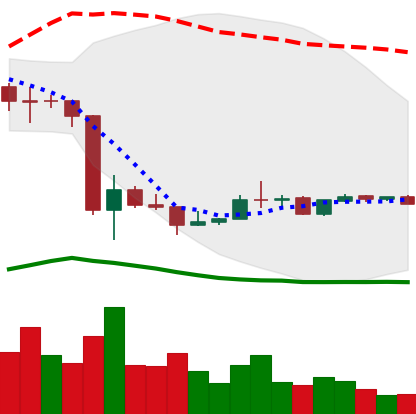
Ticker: LINK-USD
Chart end date: 2020-03-27
Forward return: 4.749%
Label: up_3_5